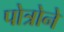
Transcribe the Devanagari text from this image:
पोत्रोने